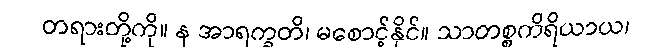
တရားတို့ကို။ န အာရက္ခတိ၊ မစောင့်နိုင်။ သာတစ္စကိရိယာယ၊